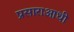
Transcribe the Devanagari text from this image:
प्रसाराआधी